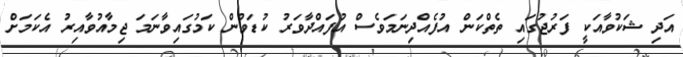
އަދި ޝަކުވާއަކީ ފަރުޖުގައި ތެތްކަން އުފެއްދިނަމަވެސް އުފައްދާވަރު ކުޑަވުން ކަމުގައިވާނަމަ ޖިމާއުވާއިރު އެކަމަށް